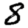
Digit: 8